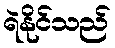
ရဲနိုင်သည်